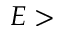
E >